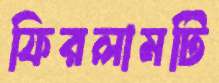
ফিরলামটি